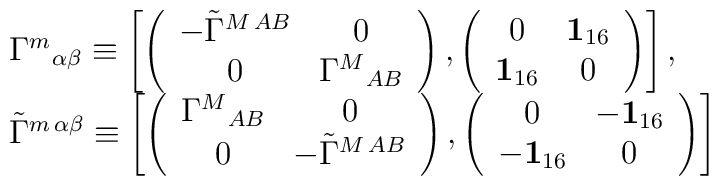
\begin{array}{l}{\Gamma^m}_{\alpha\beta}\equiv\left[\left(\begin{array}{cc}-\tilde\Gamma^{M\,AB} & 0\\ 0 & {\Gamma^M}_{AB}\end{array}\right),\left(\begin{array}{cc} 0 & {\bf 1}_{16}\\ {\bf 1}_{16} & 0\end{array}\right)\right],\\\tilde\Gamma^{m\,\alpha\beta}\equiv\left[\left(\begin{array}{cc}{\Gamma^M}_{AB} & 0\\ 0 & -\tilde\Gamma^{M\,AB}\end{array}\right),\left(\begin{array}{cc} 0 & -{\bf 1}_{16}\\ -{\bf 1}_{16} & 0\end{array}\right)\right]\end{array}